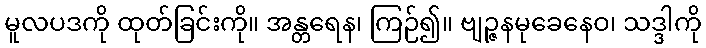
မူလပဒကို ထုတ်ခြင်းကို။ အန္တရေန၊ ကြဉ်၍။ ဗျဉ္ဇနမုခေနေဝ၊ သဒ္ဒါကို